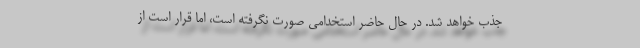
جذب خواهد شد. در حال حاضر استخدامی صورت نگرفته است، اما قرار است از